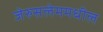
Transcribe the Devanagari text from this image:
जेरुसलेममधील